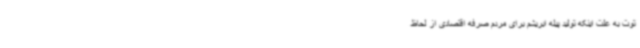
توت به علت اینکه تولید پیله ابریشم برای مردم صرفه اقتصادی از لحاظ